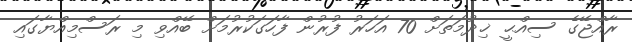
ރާއްޖޭގެ ސިއްޙީ ޚިދުމަތަށް 70 އަހަރު ފުރުން ފާހަގަކުރުމަށް ބޭއްވި މި ރަސްމިއްޔާގައި